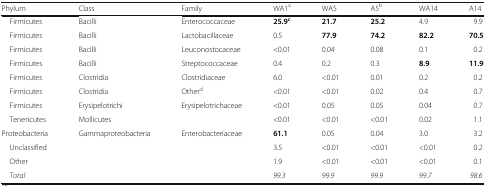
<table><thead><tr><td><b>Phylum</b></td><td><b>Class</b></td><td><b>Family</b></td><td><b>WA1<sup>a</sup></b></td><td><b>WA5</b></td><td><b>A5<sup>b</sup></b></td><td><b>WA14</b></td><td><b>A14</b></td></tr></thead><tbody><tr><td> Firmicutes</td><td>Bacilli</td><td>Enterococcaceae</td><td><b>25.9</b><sup><b>c</b></sup></td><td><b>21.7</b></td><td><b>25.2</b></td><td>4.9</td><td>9.9</td></tr><tr><td> Firmicutes</td><td>Bacilli</td><td>Lactobacillaceae</td><td>0.5</td><td><b>77.9</b></td><td><b>74.2</b></td><td><b>82.2</b></td><td><b>70.5</b></td></tr><tr><td> Firmicutes</td><td>Bacilli</td><td>Leuconostocaceae</td><td>&lt;0.01</td><td>0.04</td><td>0.08</td><td>0.1</td><td>0.2</td></tr><tr><td> Firmicutes</td><td>Bacilli</td><td>Streptococcaceae</td><td>0.4</td><td>0.2</td><td>0.3</td><td><b>8.9</b></td><td><b>11.9</b></td></tr><tr><td> Firmicutes</td><td>Clostridia</td><td>Clostridiaceae</td><td>6.0</td><td>&lt;0.01</td><td>0.01</td><td>0.2</td><td>0.2</td></tr><tr><td> Firmicutes</td><td>Clostridia</td><td>Other<sup>d</sup></td><td>&lt;0.01</td><td>&lt;0.01</td><td>0.02</td><td>0.4</td><td>0.7</td></tr><tr><td> Firmicutes</td><td>Erysipelotrichi</td><td>Erysipelotrichaceae</td><td>&lt;0.01</td><td>0.05</td><td>0.05</td><td>0.04</td><td>0.7</td></tr><tr><td> Tenericutes</td><td>Mollicutes</td><td></td><td>&lt;0.01</td><td>&lt;0.01</td><td>&lt;0.01</td><td>0.02</td><td>1.1</td></tr><tr><td>Proteobacteria</td><td>Gammaproteobacteria</td><td>Enterobacteriaceae</td><td><b>61.1</b></td><td>0.05</td><td>0.04</td><td>3.0</td><td>3.2</td></tr><tr><td> Unclassified</td><td></td><td></td><td>3.5</td><td>&lt;0.01</td><td>&lt;0.01</td><td>&lt;0.01</td><td>0.2</td></tr><tr><td> Other</td><td></td><td></td><td>1.9</td><td>&lt;0.01</td><td>&lt;0.01</td><td>&lt;0.01</td><td>0.1</td></tr><tr><td> <i>Total</i></td><td></td><td></td><td><i>99.3</i></td><td><i>99.9</i></td><td><i>99.9</i></td><td><i>99.7</i></td><td><i>98.6</i></td></tr></tbody></table>